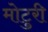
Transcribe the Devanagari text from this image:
मोटुरी